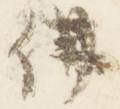
仏